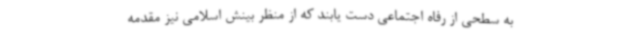
به سطحی از رفاه اجتماعی دست یابند که از منظر بینش اسلامی نیز مقدمه